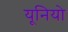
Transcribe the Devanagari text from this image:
यूनियो